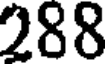
288